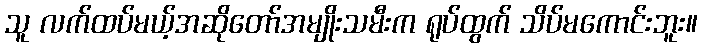
သူ လက်ထပ်မယ့်အဆိုတော်အမျိုးသမီးက ရုပ်ထွက် သိပ်မကောင်းဘူး။